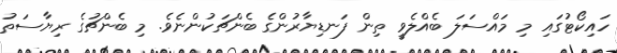
ހައިކޯޓުގައި މި މައްސަލަ ބެއްލެވީ ތިން ފަނޑިޔާރުންގެ ބެންޗަކުންނެވެ. މި ބެންޗުގެ ރިޔާސަތު